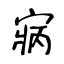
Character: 寎